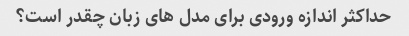
حداکثر اندازه ورودی برای مدل های زبان چقدر است؟